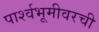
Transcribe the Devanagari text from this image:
पार्श्वभूमीवरची